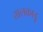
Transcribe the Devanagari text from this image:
तालकाड़ु